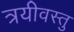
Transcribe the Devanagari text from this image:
त्रयीवस्तु